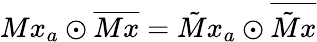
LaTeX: Mx_{a}\odot\overline{{Mx}}=\tilde{M}x_{a}\odot\overline{{\tilde{M}x}}